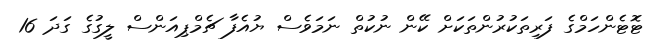
ޓޮޓެންހަމްގެ ފަރިތަކުރުންތަކަށް ކޭން ނުކުތް ނަމަވެސް ޔުއެފާ ޗެމްޕިއަންސް ލީގުގެ ގަދަ 16